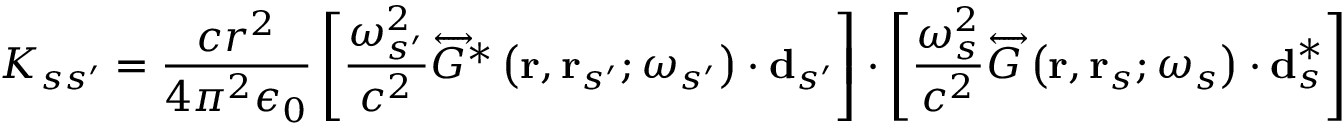
K _ { s s ^ { \prime } } = \frac { c r ^ { 2 } } { 4 \pi ^ { 2 } \epsilon _ { 0 } } \left[ \frac { \omega _ { s ^ { \prime } } ^ { 2 } } { c ^ { 2 } } \overleftrightarrow { G } ^ { * } \left( \mathbf { r } , \mathbf { r } _ { s ^ { \prime } } ; \omega _ { s ^ { \prime } } \right) \cdot \mathbf { d } _ { s ^ { \prime } } \right] \cdot \left[ \frac { \omega _ { s } ^ { 2 } } { c ^ { 2 } } \overleftrightarrow { G } \left( \mathbf { r } , \mathbf { r } _ { s } ; \omega _ { s } \right) \cdot \mathbf { d } _ { s } ^ { * } \right]